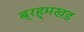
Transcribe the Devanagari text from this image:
ब्रह्मखड